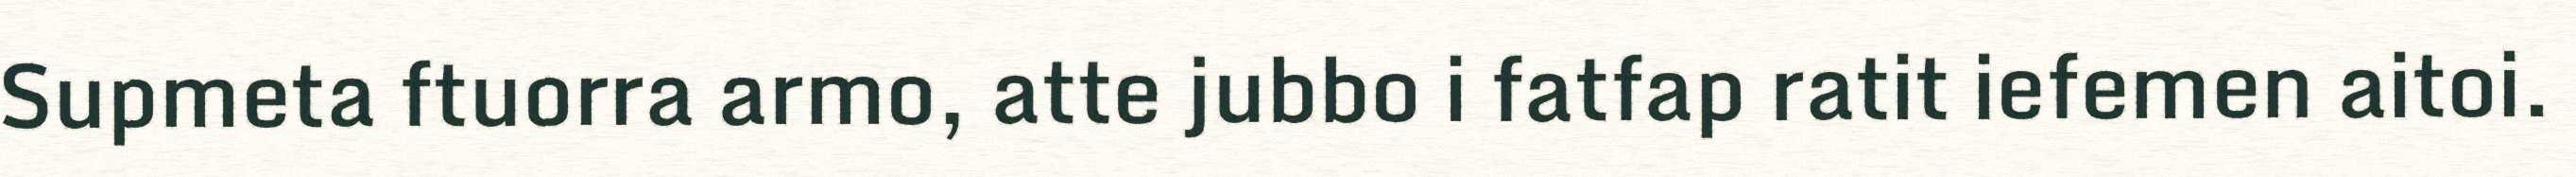
Supmeta ftuorra armo, atte jubbo i fatfap ratit iefemen aitoi.